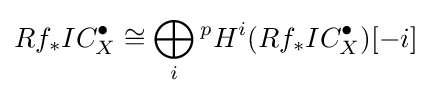
Rf_{*}IC_{X}^{\bullet }\cong \bigoplus _{i}{}^{p}H^{i}(Rf_{*}IC_{X}^{\bullet })[-i]